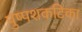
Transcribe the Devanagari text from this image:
पुष्पशकटिका